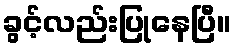
ခွင့်လည်းပြုနေပြီ။